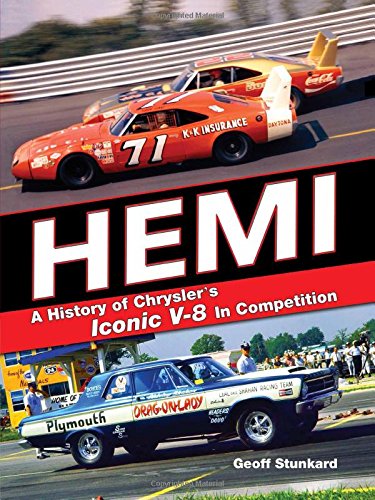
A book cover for Hemi: A History of Chrysler's Iconic V-8 In Competition; Geoff Stunkard; Engineering & Transportation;